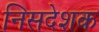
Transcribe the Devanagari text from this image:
निसदेशक